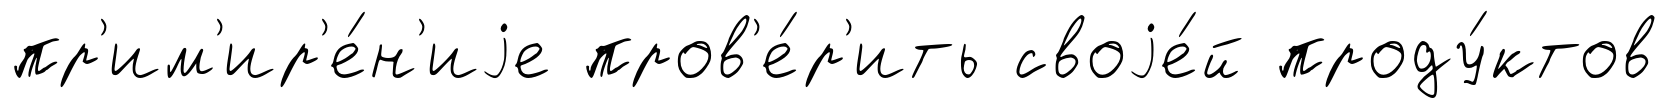
пр'им'ир'е́н'иjе пров'е́р'ить своjе́й проду́ктов